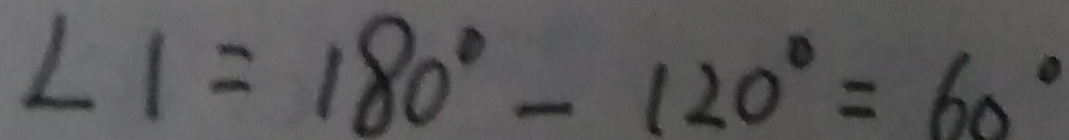
\angle 1 = 1 8 0 ^ { \circ } - 1 2 0 ^ { \circ } = 6 0 ^ { \circ }